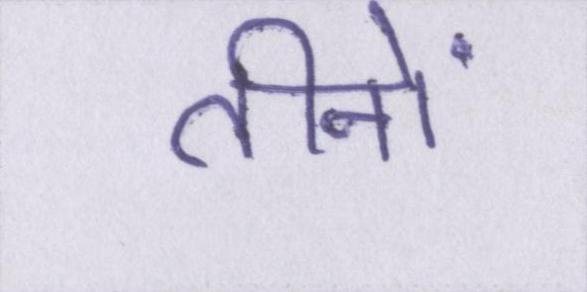
तीनों